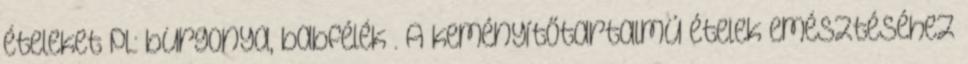
ételeket pl.: burgonya, babfélék . A keményítőtartalmú ételek emésztéséhez